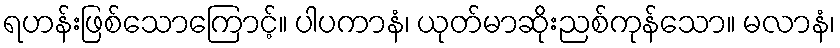
ရဟန်းဖြစ်သောကြောင့်။ ပါပကာနံ၊ ယုတ်မာဆိုးညစ်ကုန်သော။ မလာနံ၊